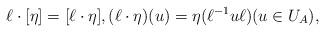
LaTeX: \begin{align*} \ell \cdot [\eta] = [\ell \cdot \eta], (\ell \cdot \eta)(u) = \eta(\ell^{-1}u\ell) (u \in U_A),\end{align*}